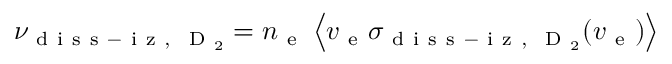
\nu _ { \mathrm { ~ d ~ i ~ s ~ s ~ - ~ i ~ z ~ , ~ } \mathrm { ~ D ~ } _ { 2 } } = n _ { \mathrm { ~ e ~ } } \left\langle v _ { \mathrm { ~ e ~ } } \sigma _ { \mathrm { ~ d ~ i ~ s ~ s ~ - ~ i ~ z ~ , ~ } \mathrm { ~ D ~ } _ { 2 } } ( v _ { \mathrm { ~ e ~ } } ) \right\rangle